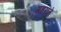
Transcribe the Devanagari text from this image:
गहराते